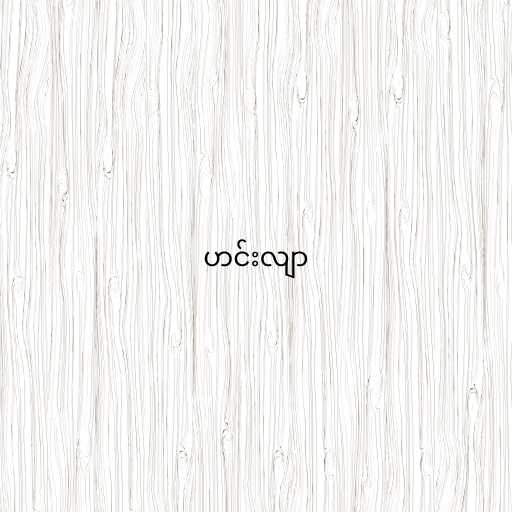
ဟင်းလျာ